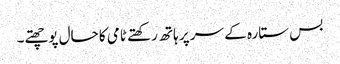
بس ستارہ کے سر پر ہاتھ رکھتے ٹامی کا حال پوچھتے۔